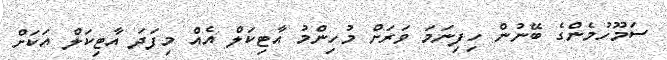
ސަމޫހުމެންގެ ބޭނުން ހިފިނަމަ ވަރަށް މުހިންމު އާޓިކަލް އެއް މިފަދަ އާޓިކަލް އަކަށް